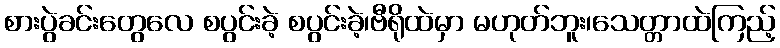
စားပွဲခင်းတွေလေ စပွင်းခဲ့ စပွင်းခဲ့၊ဗီရိုထဲမှာ မဟုတ်ဘူး၊သေတ္တာထဲကြည့်